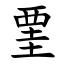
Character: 䙵